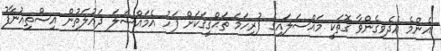
އެންމެ އެދެވިގެންވާ ގޮތަކީ މައްސަލައިގެ ފުރިހަމަ ތަޙްޤީޤަކަށް ފަހު އެމައްސަލަ ދައުލަތުން އިސްތިއުނާފު